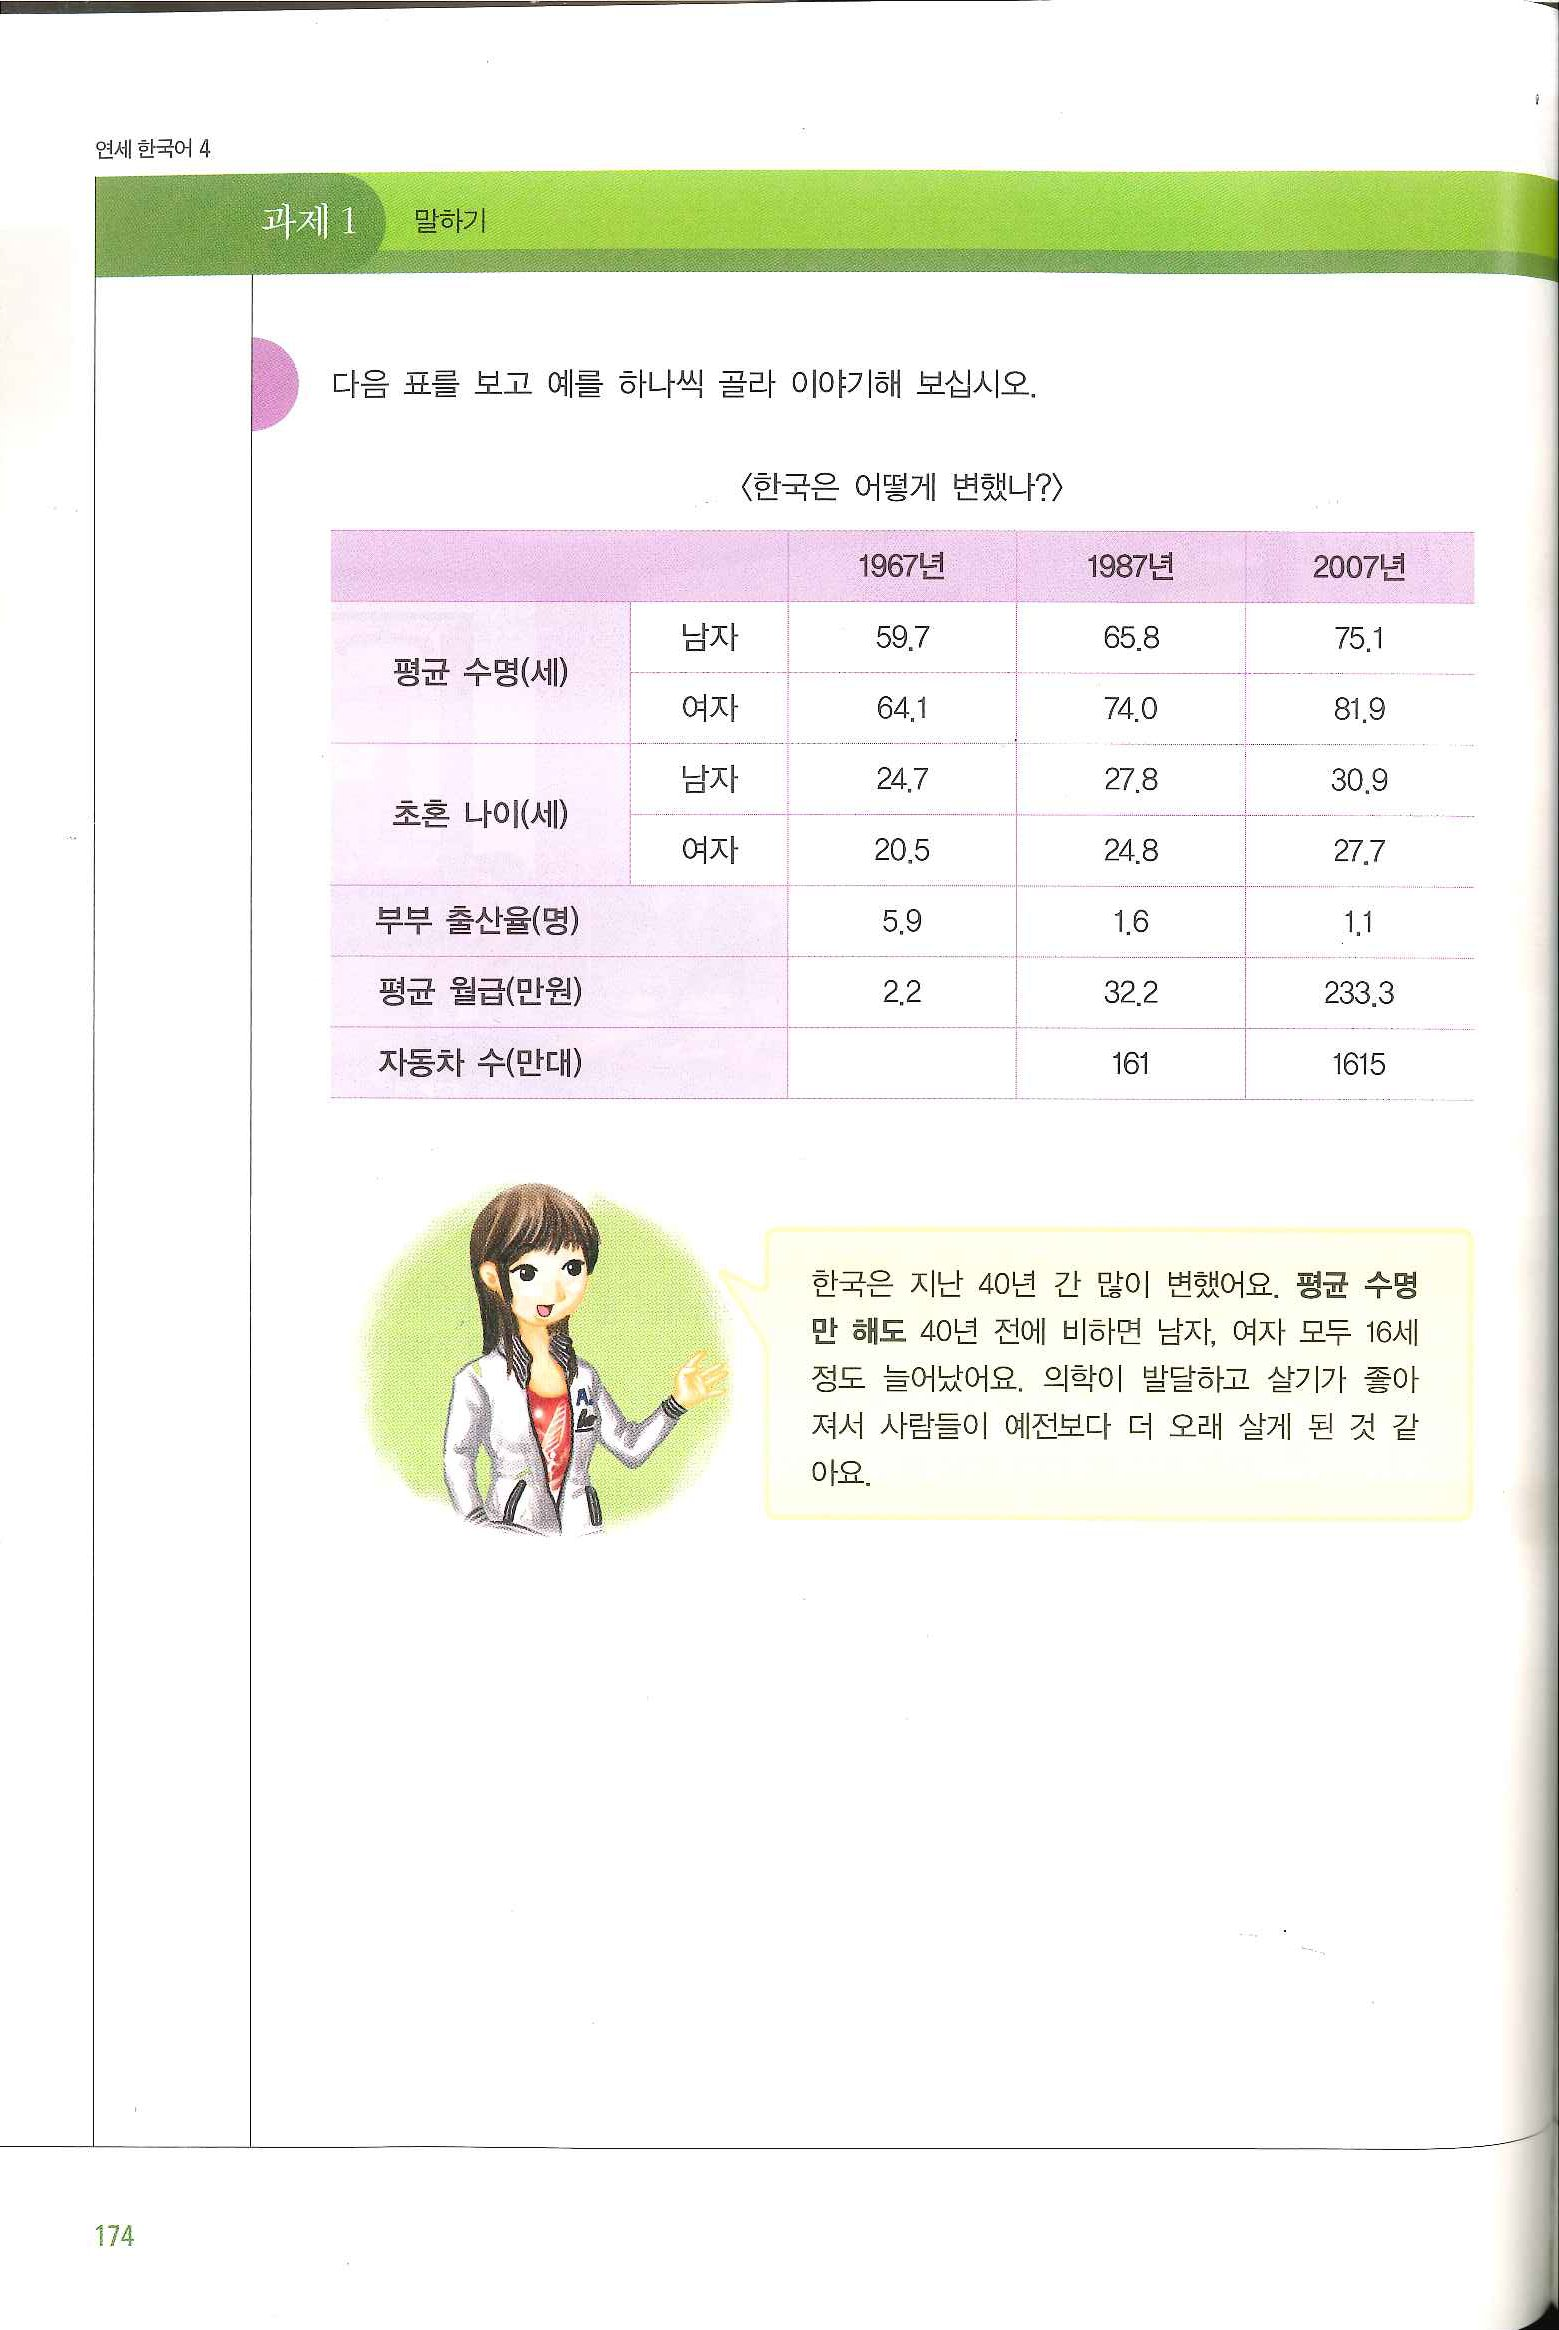
Language: ko